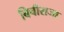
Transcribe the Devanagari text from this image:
बिचीराजा